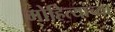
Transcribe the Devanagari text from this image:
मोहित्यांच्या